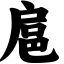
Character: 扈